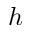
h